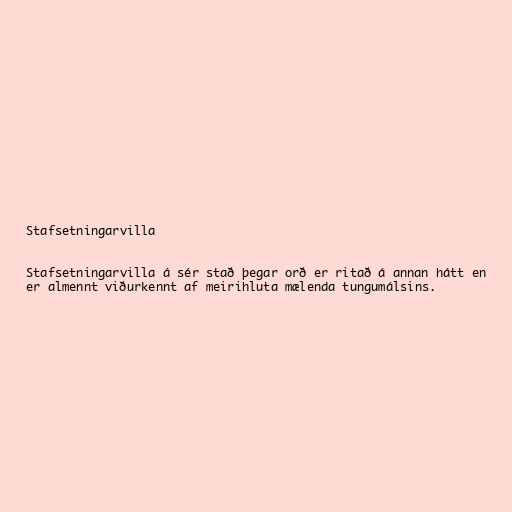
Stafsetningarvilla

Stafsetningarvilla á sér stað þegar orð er ritað á annan hátt en
er almennt viðurkennt af meirihluta mælenda tungumálsins.